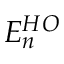
E _ { n } ^ { H O }